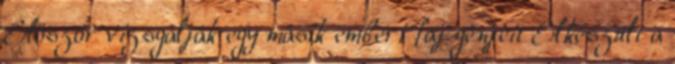
Először vizsgálják egy másik emberi faj génjeit Elkészült a